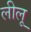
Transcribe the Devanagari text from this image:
लीलू